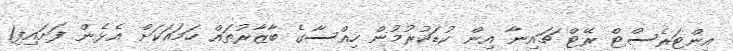
އިންޓަރެސްޓް ރޭޓް ޗައިނާ އިން ކުޑަކުރުމުން ހިއްސާގެ ބާޒާރުތައް ހަމައަކަށް އެޅެން ފަށައިފި1